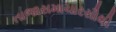
તાજાસમાચારસૌથી